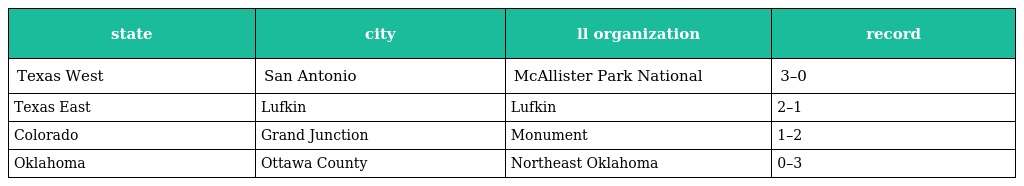
| state | city | ll organization | record |
 | --- | --- | --- | --- |
 | Texas West | San Antonio | McAllister Park National | 3–0 |
 | Texas East | Lufkin | Lufkin | 2–1 |
 | Colorado | Grand Junction | Monument | 1–2 |
 | Oklahoma | Ottawa County | Northeast Oklahoma | 0–3 |